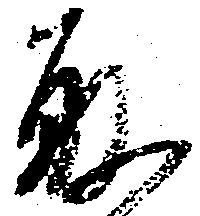
取